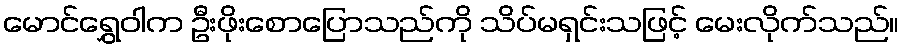
မောင်ရွှေဝါက ဦးဖိုးစောပြောသည်ကို သိပ်မရှင်းသဖြင့် မေးလိုက်သည်။